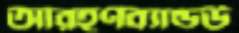
আরহণব্যাল্ডউ